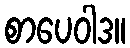
စာပေဝါဒ။